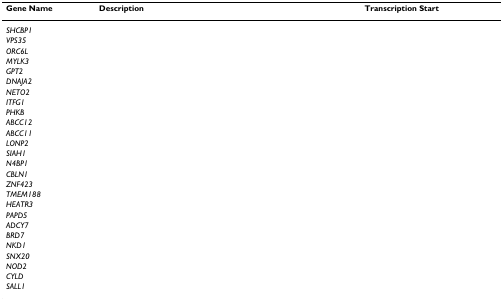
<table><thead><tr><td><b>Gene Name</b></td><td><b>Description</b></td><td><b>Transcription Start</b></td></tr></thead><tbody><tr><td><i>SHCBP1</i></td><td>[EMPTY_CELL]</td><td>[EMPTY_CELL]</td></tr><tr><td><i>VPS35</i></td><td>[EMPTY_CELL]</td><td>[EMPTY_CELL]</td></tr><tr><td><i>ORC6L</i></td><td>[EMPTY_CELL]</td><td>[EMPTY_CELL]</td></tr><tr><td><i>MYLK3</i></td><td>[EMPTY_CELL]</td><td>[EMPTY_CELL]</td></tr><tr><td><i>GPT2</i></td><td>[EMPTY_CELL]</td><td>[EMPTY_CELL]</td></tr><tr><td><i>DNAJA2</i></td><td>[EMPTY_CELL]</td><td>[EMPTY_CELL]</td></tr><tr><td><i>NETO2</i></td><td>[EMPTY_CELL]</td><td>[EMPTY_CELL]</td></tr><tr><td><i>ITFG1</i></td><td>[EMPTY_CELL]</td><td>[EMPTY_CELL]</td></tr><tr><td><i>PHKB</i></td><td>[EMPTY_CELL]</td><td>[EMPTY_CELL]</td></tr><tr><td><i>ABCC12</i></td><td>[EMPTY_CELL]</td><td>[EMPTY_CELL]</td></tr><tr><td><i>ABCC11</i></td><td>[EMPTY_CELL]</td><td>[EMPTY_CELL]</td></tr><tr><td><i>LONP2</i></td><td>[EMPTY_CELL]</td><td>[EMPTY_CELL]</td></tr><tr><td><i>SIAH1</i></td><td>[EMPTY_CELL]</td><td>[EMPTY_CELL]</td></tr><tr><td><i>N4BP1</i></td><td>[EMPTY_CELL]</td><td>[EMPTY_CELL]</td></tr><tr><td><i>CBLN1</i></td><td>[EMPTY_CELL]</td><td>[EMPTY_CELL]</td></tr><tr><td><i>ZNF423</i></td><td>[EMPTY_CELL]</td><td>[EMPTY_CELL]</td></tr><tr><td><i>TMEM188</i></td><td>[EMPTY_CELL]</td><td>[EMPTY_CELL]</td></tr><tr><td><i>HEATR3</i></td><td>[EMPTY_CELL]</td><td>[EMPTY_CELL]</td></tr><tr><td><i>PAPD5</i></td><td>[EMPTY_CELL]</td><td>[EMPTY_CELL]</td></tr><tr><td><i>ADCY7</i></td><td>[EMPTY_CELL]</td><td>[EMPTY_CELL]</td></tr><tr><td><i>BRD7</i></td><td>[EMPTY_CELL]</td><td>[EMPTY_CELL]</td></tr><tr><td><i>NKD1</i></td><td>[EMPTY_CELL]</td><td>[EMPTY_CELL]</td></tr><tr><td><i>SNX20</i></td><td>[EMPTY_CELL]</td><td>[EMPTY_CELL]</td></tr><tr><td><i>NOD2</i></td><td>[EMPTY_CELL]</td><td>[EMPTY_CELL]</td></tr><tr><td><i>CYLD</i></td><td>[EMPTY_CELL]</td><td>[EMPTY_CELL]</td></tr><tr><td><i>SALL1</i></td><td>[EMPTY_CELL]</td><td>[EMPTY_CELL]</td></tr></tbody></table>